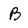
Character: B